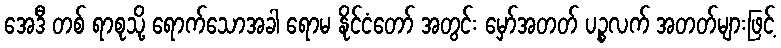
အေဒီ တစ် ရာစုသို့ ရောက်သောအခါ ရောမ နိုင်ငံတော် အတွင်း မှော်အတတ် ပဉ္စလက် အတတ်များဖြင့်